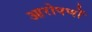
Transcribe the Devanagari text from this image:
आरोपणों